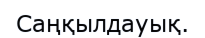
Саңқылдауық.